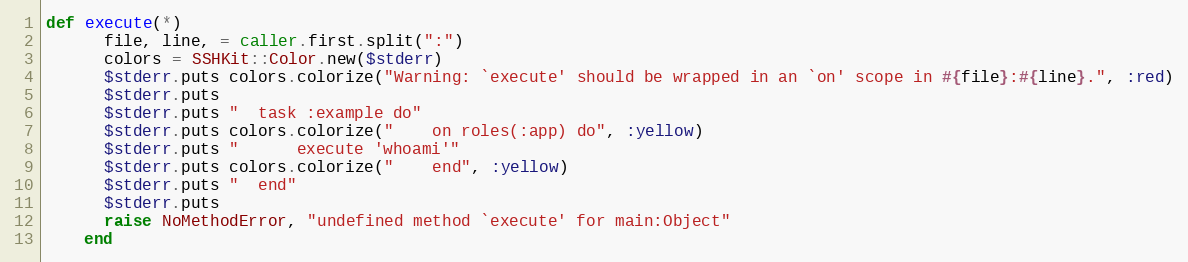
Language: Ruby
def execute(*)
      file, line, = caller.first.split(":")
      colors = SSHKit::Color.new($stderr)
      $stderr.puts colors.colorize("Warning: `execute' should be wrapped in an `on' scope in #{file}:#{line}.", :red)
      $stderr.puts
      $stderr.puts "  task :example do"
      $stderr.puts colors.colorize("    on roles(:app) do", :yellow)
      $stderr.puts "      execute 'whoami'"
      $stderr.puts colors.colorize("    end", :yellow)
      $stderr.puts "  end"
      $stderr.puts
      raise NoMethodError, "undefined method `execute' for main:Object"
    end